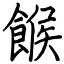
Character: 餱